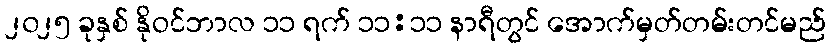
၂၀၂၅ ခုနှစ် နိုဝင်ဘာလ ၁၁ ရက် ၁၁:၁၁ နာရီတွင် အောက်မှတ်တမ်းတင်မည်